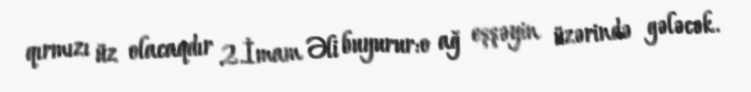
qırmızı üz olacaqdır 2.İmam Əli buyurur:o ağ eşşəyin üzərində gələcək.